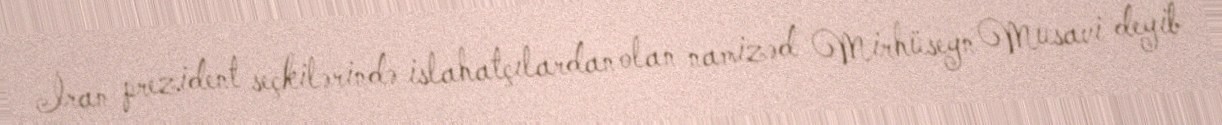
İran prezident seçkilərində islahatçılardan olan namizəd Mirhüseyn Musavi deyib